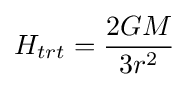
H_{trt}={\frac {2GM}{3r^{2}}}